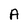
Character: A